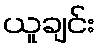
ယူချင်း